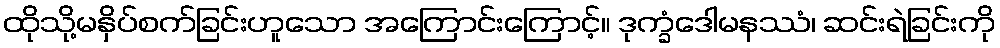
ထိုသို့မနှိပ်စက်ခြင်းဟူသော အကြောင်းကြောင့်။ ဒုက္ခံဒေါမနဿံ၊ ဆင်းရဲခြင်းကို